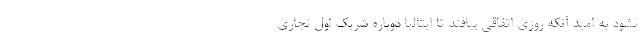
نشود به امید آنکه روزی اتفاقی بیافتد تا ایتالیا دوباره شریک اول تجاری